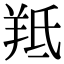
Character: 羝